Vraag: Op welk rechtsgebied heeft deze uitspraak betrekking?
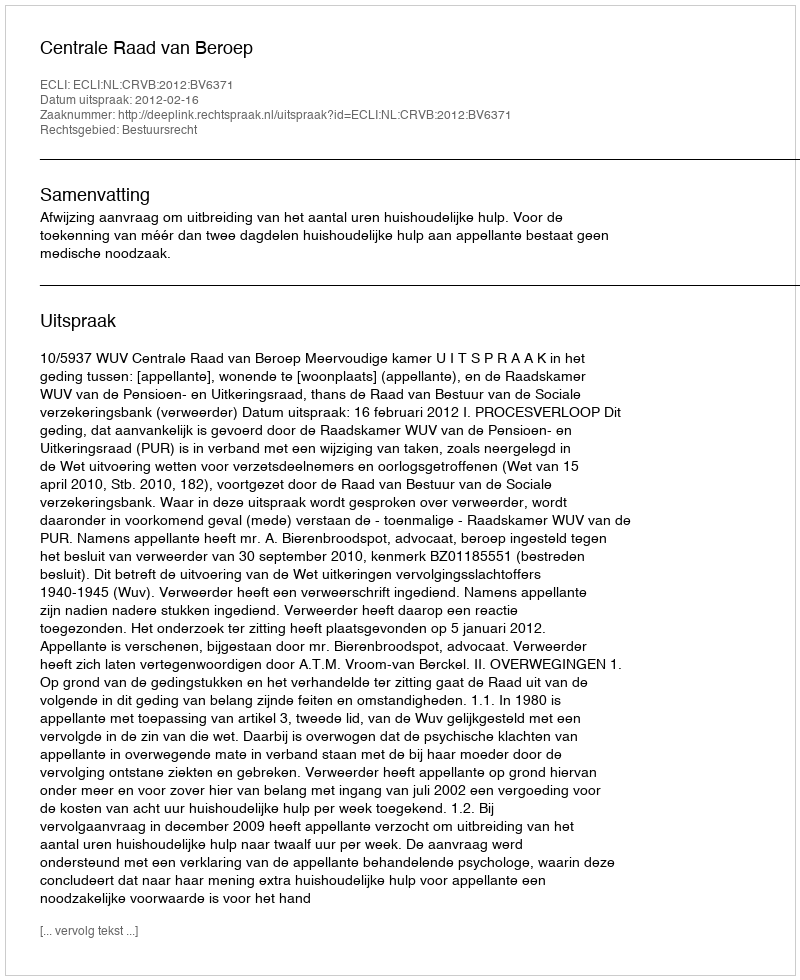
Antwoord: Bestuursrecht